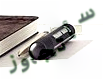
سأتجاوز